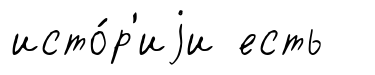
исто́р'иjи есть